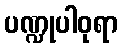
ပဏ္ဍုပါဝုရာ